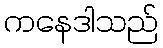
ကနေဒါသည်